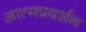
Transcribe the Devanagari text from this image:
आत्मप्रदर्शन